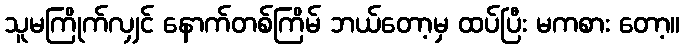
သူမကြိုက်လျှင် နောက်တစ်ကြိမ် ဘယ်တော့မှ ထပ်ပြီး မကစား တော့။